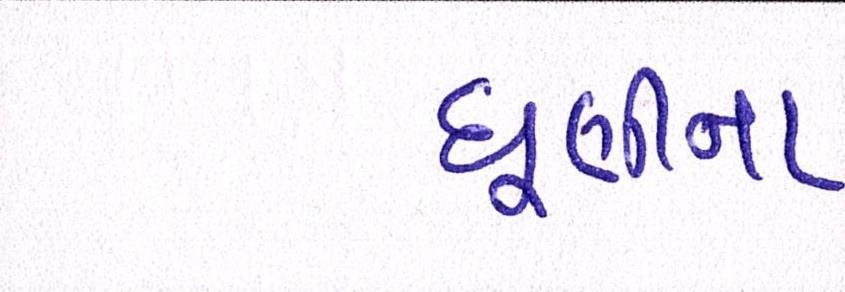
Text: ધૂણીના